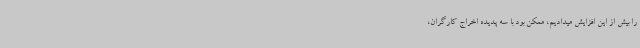
را بیش از این افزایش میدادیم، ممکن بود با سه پدیده اخراج کارگران،